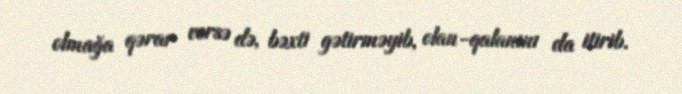
olmağa qərar versə də, bəxti gətirməyib, olan-qalanını da itirib.